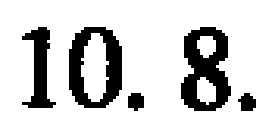
$10.8.$